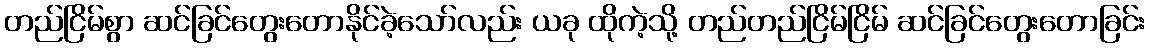
တည်ငြိမ်စွာ ဆင်ခြင်တွေးတောနိုင်ခဲ့သော်လည်း ယခု ထိုကဲ့သို့ တည်တည်ငြိမ်ငြိမ် ဆင်ခြင်တွေးတောခြင်း